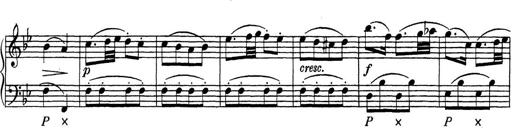
Title: ÄŒeskÃ© Sonatiny
Composer: Various